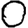
Digit: 0